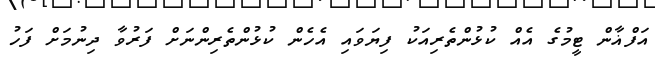
އަފްޣާން ޓީމުގެ އެއް ކުޅުންތެރިއަކު ފިޔަވައި އެހެން ކުޅުންތެރިންނަށް ފަރުވާ ދިނުމަށް ފަހު